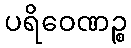
ပရိဝေဏဉ္စ